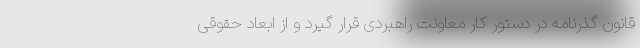
قانون گذرنامه در دستور کار معاونت راهبردی قرار گیرد و از ابعاد حقوقی